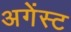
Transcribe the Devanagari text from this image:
अगेंस्‍ट